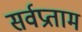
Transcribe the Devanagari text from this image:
सर्वप्रताम